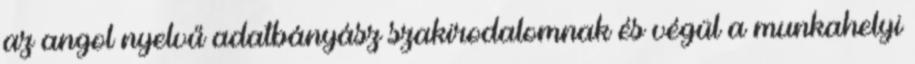
az angol nyelvű adatbányász szakirodalomnak és végül a munkahelyi